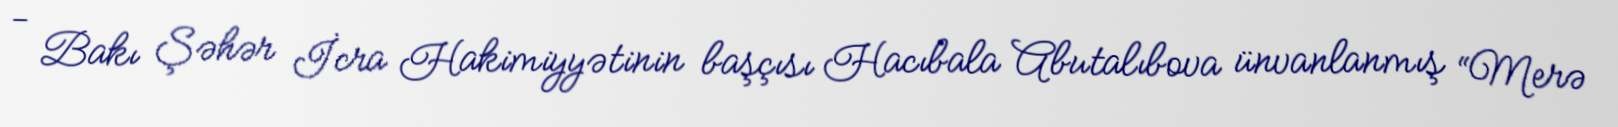
- Bakı Şəhər İcra Hakimiyyətinin başçısı Hacıbala Abutalıbova ünvanlanmış “Merə